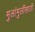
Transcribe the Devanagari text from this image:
मुलांमुलींसाठी